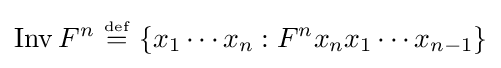
\operatorname {Inv} F^{n}\ {\overset {\underset {\mathrm {def} }{}}{=}}\ \{x_{1}\cdots x_{n}:F^{n}x_{n}x_{1}\cdots x_{n-1}\}